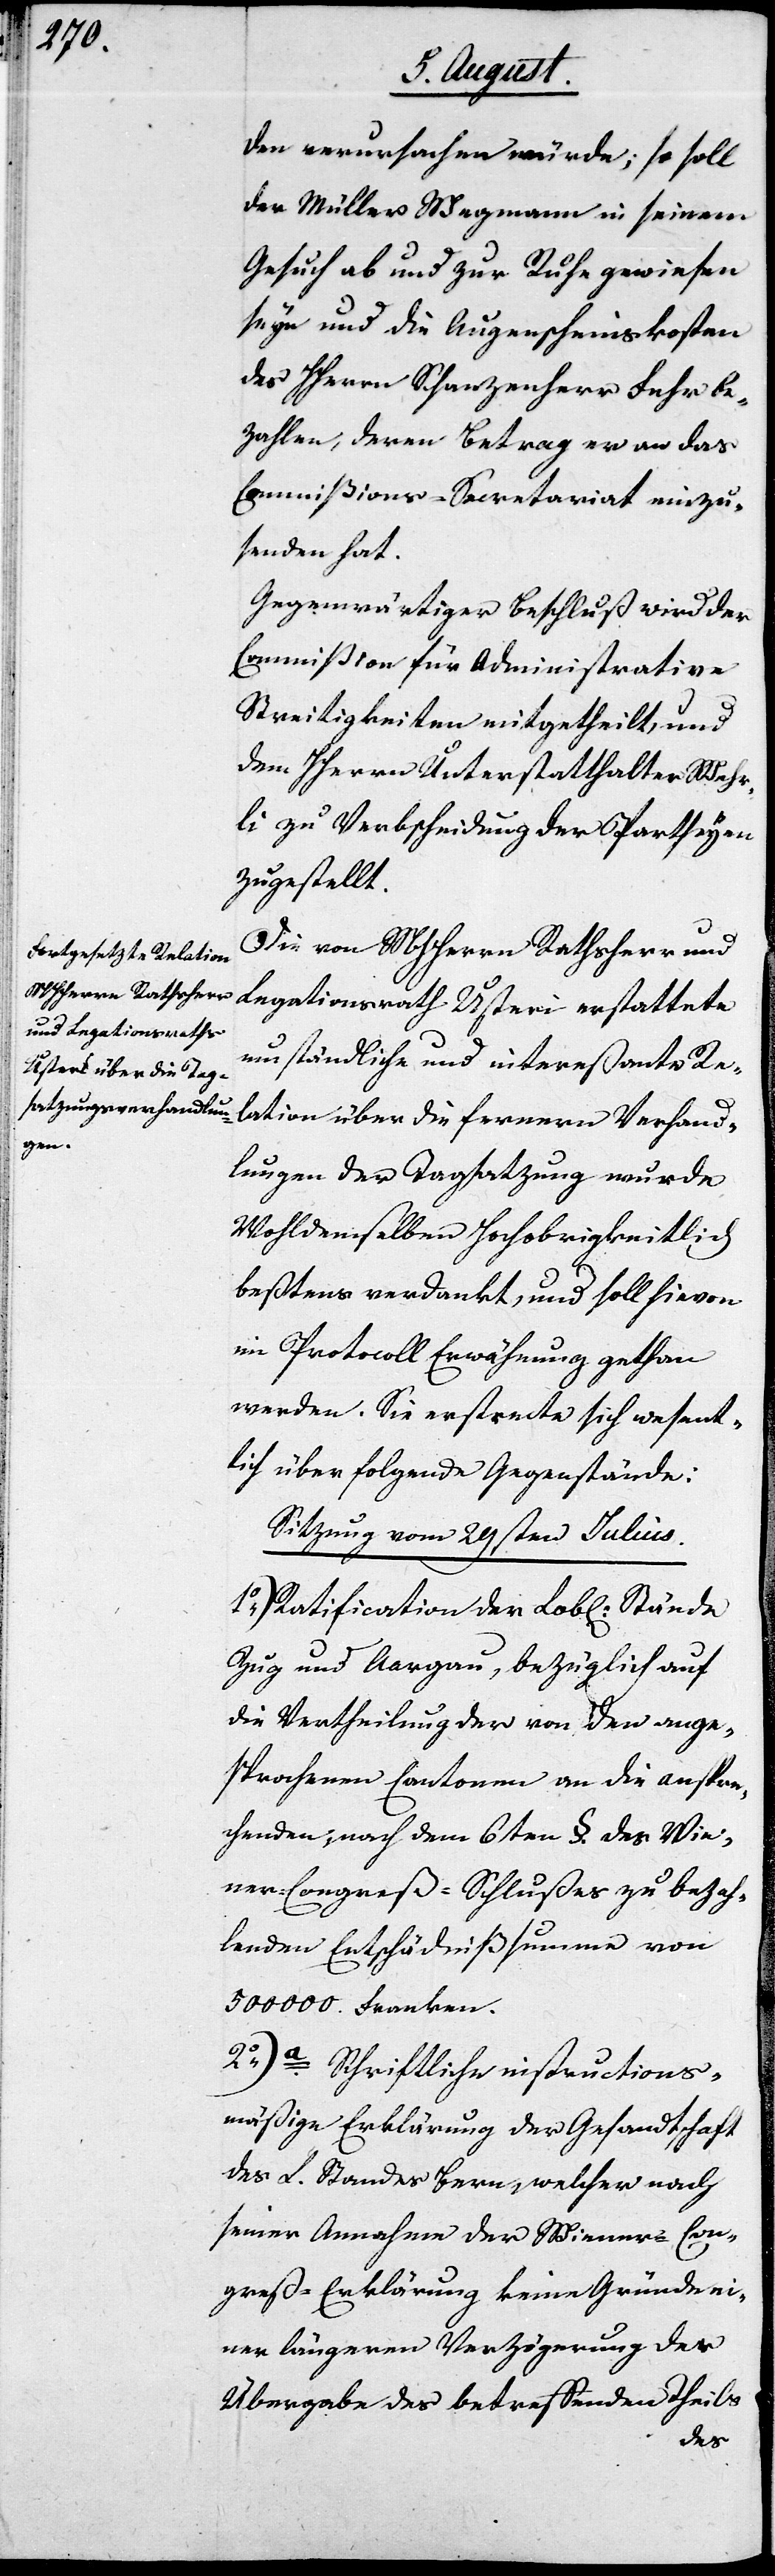
den verursachen würde; so soll
der Müller Wegmann in seinem
Gesuch ab und zur Ruhe gewiesen
seyn und die Augenscheinskosten
des HHerrn Schanzenherr Fehr be¬
zahlen, deren Betrag er an das
Commißions-Secretariat einzu¬
senden hat.
Gegenwärtiger Beschluß wird der
Commißion der administrativen
Streitigkeiten mitgetheilt, und
dem HHerrn Unterstatthalter Wehr¬
li zu Verbscheidung der Partheyen
zugestellt.
Die von MHHerrn Rathsherr und
Legationsrath Usteri erstattete
umständliche und intereßante Re¬
lation über die fernern Verhand¬
lungen der Tagsatzung wurde
Wohldemselben Hochobrigkeitlich
beßtens verdankt, und soll hievon
im Protocoll Erwähnung gethan
werden. Sie erstrecte [sic!] sich wesent¬
lich über folgende Gegenstände:
Sitzung vom 29sten Julius.
1.) Ratification der Lobl. Stände
Zug und Aargau, bezüglich auf
die Vertheilung der von den ange¬
sprochenen Cantonen an die anspre¬
chenden, nach dem 6ten §. des Wie¬
ner Congreß-Schlußes zu bezah¬
lenden Entschädnißsumme von
500 000. Franken.
2.) a. Schriftliche instructions¬
mäßige Erklärung der Gesandtschaft
des L. Standes Bern, welcher nach
seiner Annahme der Wiener-Con¬
greß-Erklärung keine Gründe ei¬
ner längeren Verzögerung der
Übergabe des betreffenden Theils